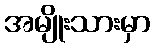
အမျိုးသားမှာ